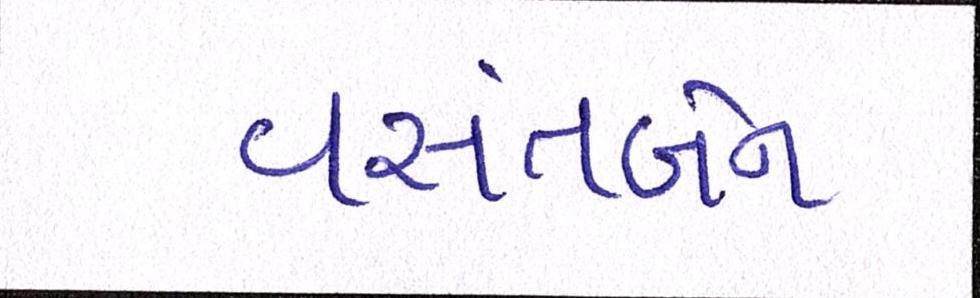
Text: વસંતબેન